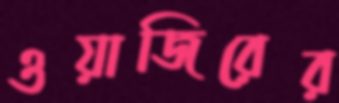
ওয়াজিরের